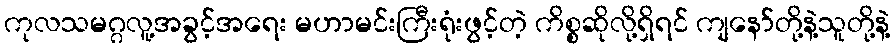
ကုလသမဂ္ဂလူ့အခွင့်အရေး မဟာမင်းကြီးရုံးဖွင့်တဲ့ ကိစ္စဆိုလို့ရှိရင် ကျနော်တို့နဲ့သူတို့နဲ့